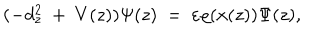
LaTeX: ( - d _ { z } ^ { 2 } \ + \ V ( z ) ) \Psi ( z ) \ = \ \varepsilon \varrho ( x ( z ) ) \Psi ( z ) ,